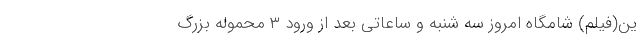
ین(فیلم) شامگاه امروز سه شنبه و ساعاتی بعد از ورود ۳ محموله بزرگ